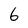
Character: 6